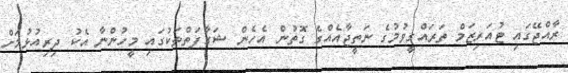
ރާއްޖޭގައި ޓުއަރިޒަމް ތަރައްގީވުމުގެ ނަތީޖާއެއްގެ ގޮތުން އެހެން ޝަގާފަތްތަކުގައި މީހުންނާ އެކު ދިރިއުޅުމަށް